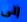
إلى